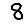
Digit: 8